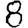
Digit: 8